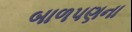
બાળપણના